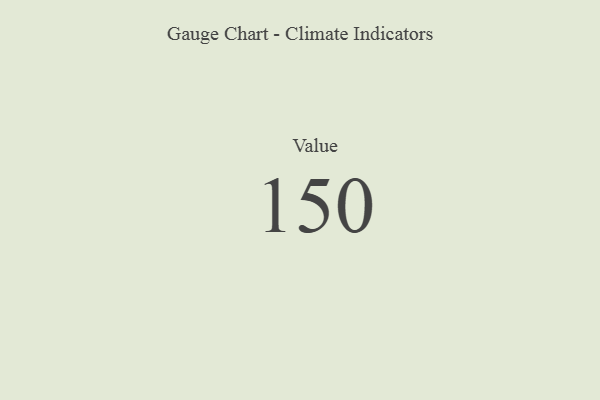
{"axis": {"x": "Metric", "y": "Value"}, "legend": [""], "data": [{"x": "Value", "y": 150, "type": ""}]}